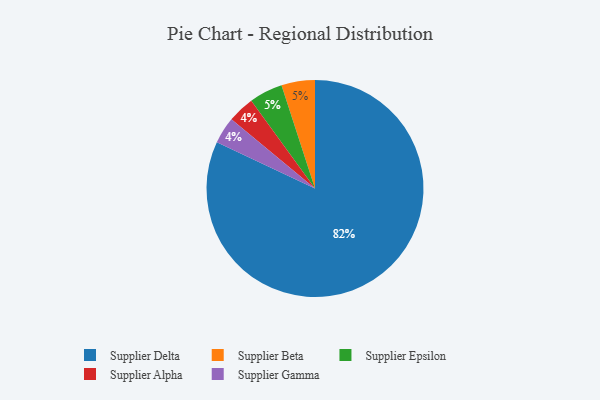
{"axis": {"x": "Category", "y": "Percentage"}, "legend": ["Supplier Alpha", "Supplier Beta", "Supplier Delta", "Supplier Epsilon", "Supplier Gamma"], "data": [{"x": "Supplier Beta", "y": 5, "type": "Supplier Beta"}, {"x": "Supplier Alpha", "y": 4, "type": "Supplier Alpha"}, {"x": "Supplier Delta", "y": 82, "type": "Supplier Delta"}, {"x": "Supplier Epsilon", "y": 5, "type": "Supplier Epsilon"}, {"x": "Supplier Gamma", "y": 4, "type": "Supplier Gamma"}]}